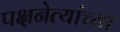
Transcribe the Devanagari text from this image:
पक्षनेत्यांच्या